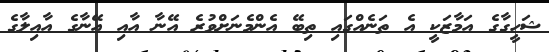
ޝަހީގާގެ އަމާޒަކީ އެ ތަނެއްގައި ތިބޭ އެންމެނަށްވުރެ އޭނާ އާއި އޭނާގެ އާއިލާގެ